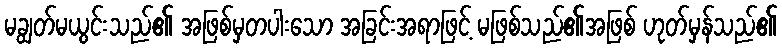
မချွတ်မယွင်းသည်၏ အဖြစ်မှတပါးသော အခြင်းအရာဖြင့် မဖြစ်သည်၏အဖြစ် ဟုတ်မှန်သည်၏